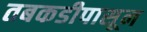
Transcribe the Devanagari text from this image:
तबकडीपासून